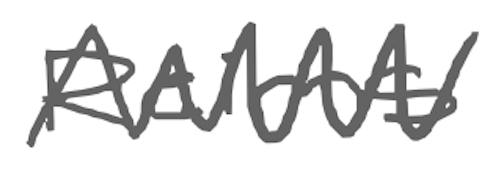
Text: Reims
Cross-out: zig-zag
Writing tool: digital_gray